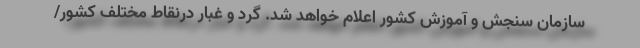
سازمان سنجش و آموزش کشور اعلام خواهد شد. گرد و غبار درنقاط مختلف کشور/